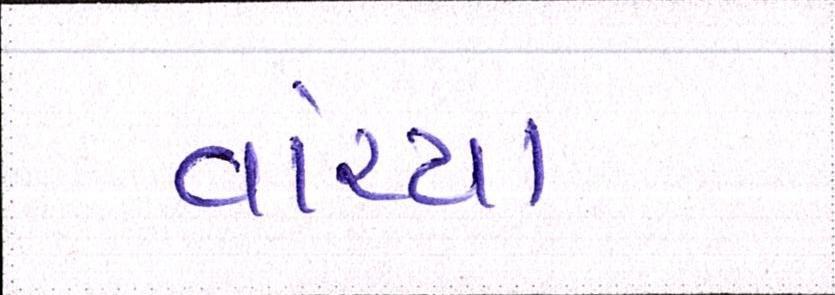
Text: વાંચ્યા